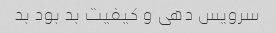
سرویس دهی و کیفیت بد بود بد